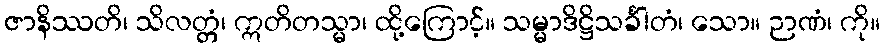
ဇာနိဿတိ၊ သိလတ္တံ၊ ဣတိတသ္မာ၊ ထို့ကြောင့်။ သမ္မာဒိဋ္ဌိသင်္ခါတံ၊ သော။ ဉာဏံ၊ ကို။